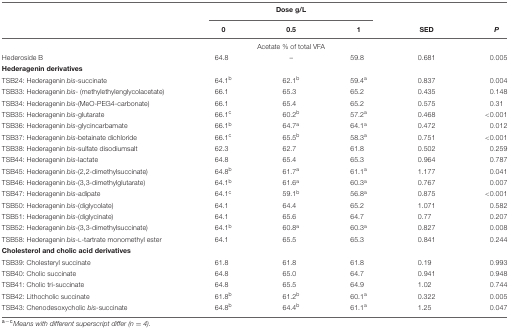
<table><thead><tr><td></td><td colspan="3"><b>Dose g/L</b></td><td></td><td></td></tr><tr><td></td><td><b>0</b></td><td><b>0.5</b></td><td><b>1</b></td><td><b>SED</b></td><td><b><i>P</i></b></td></tr></thead><tbody><tr><td></td><td colspan="3">Acetate % of total VFA</td><td></td><td></td></tr><tr><td>Hederoside B</td><td>64.8</td><td>–</td><td>59.8</td><td>0.681</td><td>0.005</td></tr><tr><td><b>Hederagenin derivatives</b></td><td></td><td></td><td></td><td></td><td></td></tr><tr><td>TSB24: Hederagenin <i>bis</i>-succinate</td><td>64.1<sup>b</sup></td><td>62.1<sup>b</sup></td><td>59.4<sup>a</sup></td><td>0.837</td><td>0.004</td></tr><tr><td>TSB33: Hederagenin <i>bis</i>- (methylethylenglycolacetate)</td><td>66.1</td><td>65.3</td><td>65.2</td><td>0.435</td><td>0.148</td></tr><tr><td>TSB34: Hederagenin <i>bis</i>-(MeO-PEG4-carbonate)</td><td>66.1</td><td>65.4</td><td>65.2</td><td>0.575</td><td>0.31</td></tr><tr><td>TSB35: Hederagenin <i>bis</i>-glutarate</td><td>66.1<sup>c</sup></td><td>60.2<sup>b</sup></td><td>57.2<sup>a</sup></td><td>0.468</td><td>&lt;0.001</td></tr><tr><td>TSB36: Hederagenin <i>bis</i>-glycincarbamate</td><td>66.1<sup>b</sup></td><td>64.7<sup>a</sup></td><td>64.1<sup>a</sup></td><td>0.472</td><td>0.012</td></tr><tr><td>TSB37: Hederagenin <i>bis</i>-betainate dichloride</td><td>66.1<sup>c</sup></td><td>65.5<sup>b</sup></td><td>58.3<sup>a</sup></td><td>0.751</td><td>&lt;0.001</td></tr><tr><td>TSB38: Hederagenin <i>bis</i>-sulfate disodiumsalt</td><td>62.3</td><td>62.7</td><td>61.8</td><td>0.502</td><td>0.259</td></tr><tr><td>TSB44: Hederagenin <i>bis</i>-lactate</td><td>64.8</td><td>65.4</td><td>65.3</td><td>0.964</td><td>0.787</td></tr><tr><td>TSB45: Hederagenin <i>bis</i>-(2,2-dimethylsuccinate)</td><td>64.8<sup>b</sup></td><td>61.7<sup>a</sup></td><td>61.1<sup>a</sup></td><td>1.177</td><td>0.041</td></tr><tr><td>TSB46: Hederagenin <i>bis</i>-(3,3-dimethylglutarate)</td><td>64.1<sup>b</sup></td><td>61.6<sup>a</sup></td><td>60.3<sup>a</sup></td><td>0.767</td><td>0.007</td></tr><tr><td>TSB47: Hederagenin <i>bis</i>-adipate</td><td>64.1<sup>c</sup></td><td>59.1<sup>b</sup></td><td>56.8<sup>a</sup></td><td>0.875</td><td>&lt;0.001</td></tr><tr><td>TSB50: Hederagenin <i>bis</i>-(diglycolate)</td><td>64.1</td><td>64.4</td><td>65.2</td><td>1.071</td><td>0.582</td></tr><tr><td>TSB51: Hederagenin <i>bis</i>-(diglycinate)</td><td>64.1</td><td>65.6</td><td>64.7</td><td>0.77</td><td>0.207</td></tr><tr><td>TSB52: Hederagenin <i>bis</i>-(3,3-dimethylsuccinate)</td><td>64.1<sup>b</sup></td><td>60.8<sup>a</sup></td><td>60.3<sup>a</sup></td><td>0.827</td><td>0.008</td></tr><tr><td>TSB58: Hederagenin <i>bis</i>-L-tartrate monomethyl ester</td><td>64.1</td><td>65.5</td><td>65.3</td><td>0.841</td><td>0.244</td></tr><tr><td><b>Cholesterol and cholic acid derivatives</b></td><td></td><td></td><td></td><td></td><td></td></tr><tr><td>TSB39: Cholesteryl succinate</td><td>61.8</td><td>61.8</td><td>61.8</td><td>0.19</td><td>0.993</td></tr><tr><td>TSB40: Cholic succinate</td><td>64.8</td><td>65.0</td><td>64.7</td><td>0.941</td><td>0.948</td></tr><tr><td>TSB41: Cholic tri-succinate</td><td>64.8</td><td>65.5</td><td>64.9</td><td>1.02</td><td>0.744</td></tr><tr><td>TSB42: Lithocholic succinate</td><td>61.8<sup>b</sup></td><td>61.2<sup>b</sup></td><td>60.1<sup>a</sup></td><td>0.322</td><td>0.005</td></tr><tr><td>TSB43: Chenodesoxycholic <i>bis</i>-succinate</td><td>64.8<sup>b</sup></td><td>64.4<sup>b</sup></td><td>61.1<sup>a</sup></td><td>1.25</td><td>0.047</td></tr></tbody></table>